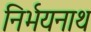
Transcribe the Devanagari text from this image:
निर्भयनाथ